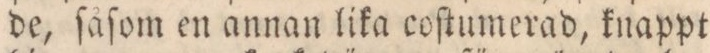
de, ſåſom en annan lika coſtumerad, knappt